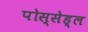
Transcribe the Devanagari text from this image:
पोस्सेह्ल